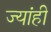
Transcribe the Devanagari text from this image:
ज्यांही